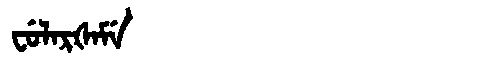
Manchu: ᠸᡠᠯᠠᡵᡧᠠᠮᡝ
Romanization: FULARŠAME